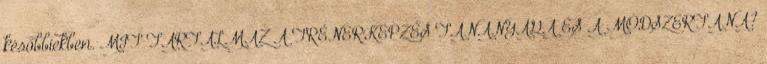
későbbiekben. MIT TARTALMAZ A TRÉNERKÉPZÉS TANANYAGA ÉS A MÓDSZERTANA?